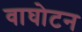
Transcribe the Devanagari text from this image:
वाघोटन